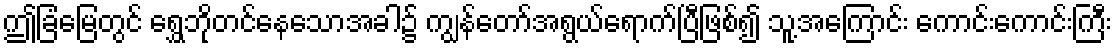
ဤခြံမြေတွင် ရွှေဘိုတင်နေသောအခါ၌ ကျွန်တော်အရွယ်ရောက်ပြီဖြစ်၍ သူ့အကြောင်း ကောင်းကောင်းကြီး